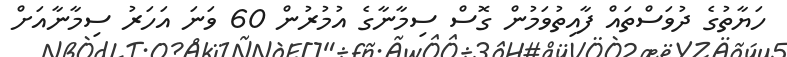
ހަޔާތުގެ ދުވަސްތައް ފާއިތުވަމުން ގޮސް ސިމާނާގެ އުމުރުން 60 ވަނަ އަހަރު ސިމާނާއަށް